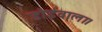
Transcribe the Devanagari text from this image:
डोईवाला।